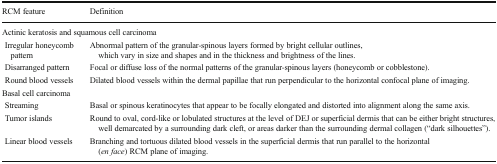
| RCM feature | Definition |
 | --- | --- |
 | <COLSPAN=2> Actinic keratosis and squamous cell carcinoma |
 | Irregular honeycomb pattern | Abnormal pattern of the granular-spinous layers formed by bright cellular outlines, which vary in size and shapes and in the thickness and brightness of the lines. |
 | Disarranged pattern | Focal or diffuse loss of the normal patterns of the granular-spinous layers (honeycomb or cobblestone). |
 | Round blood vessels | Dilated blood vessels within the dermal papillae that run perpendicular to the horizontal confocal plane of imaging. |
 | <COLSPAN=2> Basal cell carcinoma |
 | Streaming | Basal or spinous keratinocytes that appear to be focally elongated and distorted into alignment along the same axis. |
 | Tumor islands | Round to oval, cord-like or lobulated structures at the level of DEJ or superficial dermis that can be either bright structures, well demarcated by a surrounding dark cleft, or areas darker than the surrounding dermal collagen (“dark silhouettes”). |
 | Linear blood vessels | Branching and tortuous dilated blood vessels in the superficial dermis that run parallel to the horizontal (en face) RCM plane of imaging. |